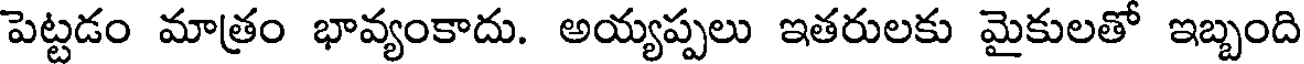
పెట్టడం మాత్రం భావ్యంకాదు. అయ్యప్పలు ఇతరులకు మైకులతో ఇబ్బంది